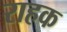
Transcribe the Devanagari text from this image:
राहक